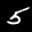
Digit: 5